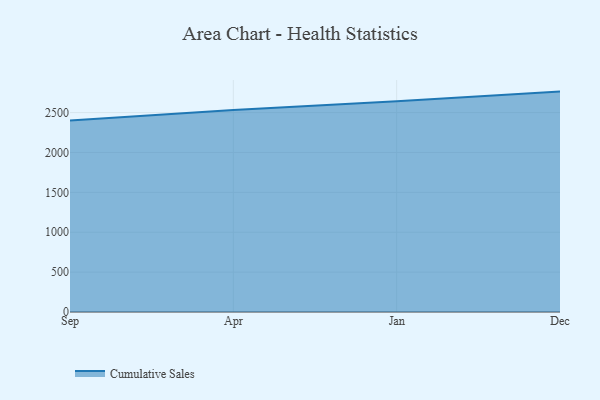
{"axis": {"x": "Month", "y": "Production Output"}, "legend": ["Cumulative Sales"], "data": [{"x": "Sep", "y": 2400.9, "type": "Cumulative Sales"}, {"x": "Apr", "y": 2533.3, "type": "Cumulative Sales"}, {"x": "Jan", "y": 2643.6, "type": "Cumulative Sales"}, {"x": "Dec", "y": 2763.2, "type": "Cumulative Sales"}]}